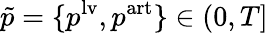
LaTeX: \tilde{p}=\{ p^{\mathrm{lv}},p^{\mathrm{art}}\} \in\left(0,T\right]